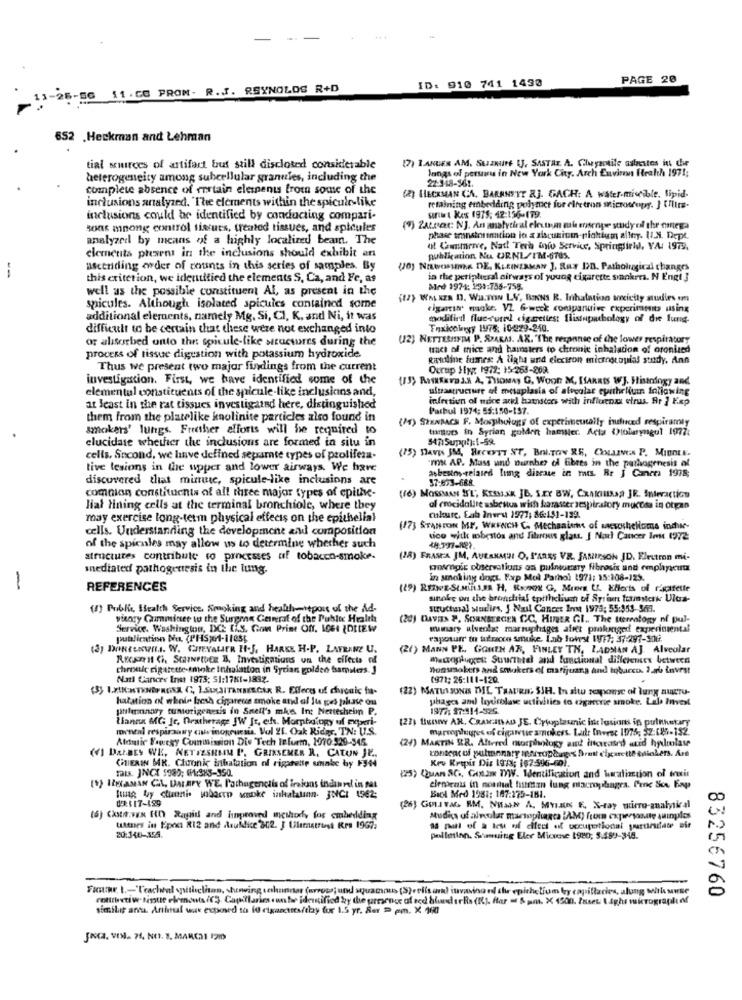
ID: 910 741 1490
PAGE 20
-S6 11. CC PROM. R.J. REYNOLDS R+D
652 .Heckman and Lehman
(7) LANGER AM, SUIZNINE IJ, SASTAL. A. Cheyaonile astaestes in the
tial sources of artifact but still disclosed considerable
Jangs of persans in New York City. Arch Environ Health 1971;
heterogeneity among subcellular granules, including the
22-918-561.
complete absence of mortain elements from some of the
inclusions analyzed. "The elements within the spicule-like
(2) HECKMAN CA. BARANEYT 2]. GACH: A water-miscible, tipid-
retaining embedding polymer for elretros microscopy. ] [lire-
inclusions could be identified by conducting compari-
unit Kes 1979: 42:156-179.
sons mnong control tissues, treated tissues, and spicules
(*) ZALRac: N]. An analytical eleutun mi ersenge study of the omega
analyzed by means of a highly localized beam. The
phase trinstorenation la zziscusium-pighium alley. UI.N. Dept.
of Commerce, Natt Terd info Service, Springfield, YAr 19734
elements present in the inclusions should exhibit an
publication Nu. UR.NL/I'M-6785.
ascending order of counts in this series of samples. By
(J0) Nawosums DE, KLEINZAMAN ], Ray DD. Pathological changes
--
this criterion, we identified the elements S, Ca, and Ye, as
in the peripheral sirways of young cigarette smokers. N Engl J
well as the possible constituent Al, as present in the
Med 1974: 259:755-758.
(17) WAXZA D. Wa.TON LY, BINNs R. Inhalation ancicity studies om
spicules. Although isolated spicules contained some
tigarin make. VZ 6-week conpanuive fkpcrimmit using
additional elements, namely Mg. Si, CI, K. and Ni, it was
modifiril fluc-cured cigarettest Ilistapathology of die fung.
difficult to be certain that these were not exchanged into
Toxicolayy 1975: 10/229-210.
of alstorbed onto the spicule-like structures during the
(12) NETTERHEMMA P. SPARMI. AK. "The response of the lower respiratory
tacs of mice and hamsters to chronic inhalation of oronized
process of tissue digestion with potassium hydroxide.
kanline fumes A tigta and electron microscopial study, Ann
Thus we present two major findings from the current
Ourup Ily: 1972: 15-268-209
investigation. First, we have identified some of the
1/3) Mantarals A, THOMAS G, WOOD M, [SARRIS WJ. Histology and
elemental constituents of the spicule-like inclusicins and,
ultrastructure of metaplasia of alveolar epithelium foliowing
infection of mice ark hamsters with influenza efrus. Ar ] Exp
at least in the rat tissues investigated here, distinguished
Parbul 1974: 55:150-197.
them from the platelike kaolinite particles also found in
(4) SZENBACS F. Morphology of experimentally huhnced respiramty
smakers' lungs. Fresher efforts will be required to
timurs in Syrian golden hamster. Acta Otolaryngul 1077:
elucidase whether the inclusions are formed in situ in
(75) MAVEN JM, BECKYET NT, Bol.TON RE, CoLaves P. MIBOLE.
cells, Second, we linve defined separate types of prolifera.
tive lesions in the upper and lower airways. We have
"IN AP. Mass und nurnher ol fibres in the pathogenesis of
discovered that mimmue, spicule-like inclusions are
37-673-688
asbestos-reiased lung disease in rats. Br J Caneta 1978;
comnion constituents of all three major types of epithe-
((6) MOSSMAN S'L, KESNAK JB, SEY BW, CRAIGIHRSa JE. Interaction
lial lining cells at the terminal bronchiole, where they
al crocidalite asbritus wish haraster respiratory mucosa in organ
may exercise long-term physical effects on the epithelial
cukurc. Eab Ineru 1977; 86:151-139.
cells. Understanding the development and composition
(17) STANTON ME. WRENCH C. Mechanisms of mesothelioma inthee-
tico wick mobestos and fibrous glass. ] No Cancer Inn 1972
of the spicales may allow us to determine whether such
structures contribute to processes of tobacco-smoke-
(18) FRASEA JM, AUERNMOI O, L'ARES VR. JAMIESON JD. Electron mi-
mediated pathogenesis in the lung.
grosepic observations on pulnumery fibrosis und emphysema
in smoking dogs. Pap Mol Parhol 1971: 15:108-125.
REFERENCES
(IP) REWESIMILAR H, REMIX G, Mrers L. EHlerts ul ricafette
sinoky on the bronchial epithelium of Syria tammylesk Ulos-
(1) Public Health Service, Smoking and health-miepois of the Ad-
structural studies, J Nail Cancer In 1973: 55:353-969.
visory Gumminer wu the Surgeon General of the Public Health
(20) DAVIA P, SORNATECER CC. HINER GI ., The ttereology of pul-
Service. Washington, DC: CiCS. Com Prime Off. 1064 IDRIEW
wumary alveolar marruphages afret prolonged experimental
publientinn No. (PHS)64-11056
raporurr to tufucco smuke. Lab forest 1917: 37-297-306.
(a) Dontenwns. W. CHEVALIER H.J. HARKE H.P. LAFRANZ U.
(21) Mann PE .. GONEN AR, FINLEY TH, LADMAN AJ. Alveolar
Recent Ci. Startez B, Investigations un the cifects of
macroplugett Sturmtel and functional differences between
chroule cigarette smoke Inhalation in Syrian golden fsamilers. J
Bonssokers and smokers of marijuana and tobacco. 2.ab invest
Natt Cances Inst 1975: 51:17K1-1832.
1971: 26:111-120.
(22) MATUSSONIS THE TRADRA, SIH. In alto response of lung auETU-
hatation of whole fresh cigareus smoke and al It ges phase ou
phages and layerblase uctivities to cigarette smoke. Lab Invest
philenary tumorigenesis in Snell's mke. Int Nettesheim P.
1977: 37:414-326.
Hanna MG Ic, Destherage JW It, etfs. Morphology uf experi-
(27) tunn AR, CRAMAILAD JE. Cytoplaunic inte lutions in putthetary
meneal respiraany cais inogruesia. Vol 21. Oak Ridge, TN: U.S.
marcoph:gres of cigareuse smokers. Ladr Invesc 1075; SZ:(85-192.
Atdmusic Fawegy Commission Die Tech Infuem, 1970.520-545.
(24) MARTIN SR. Altered morphology ant intecased atid hydrolas
() DALBEY WE, NETTESHMM P'. GRINSEMER R. CALON JE.
CHIERIN MR. Chronic inhalation of rigatette unake by F344
Tats. JNCI 5980; #1:383-950.
(25) Quan SC ., Gota WWW. Identification and laalizction of incit
Kev Krepis Di: 187; 167:596-601.
(1) IZAMAN CAL. DALAPY WE. Pathagenctis of ireions indin vel in pat
elements in nounal hutman lung macrophages. Proc Sex Eap
BER$ 17-199
Sung by ctuenis wabacto smoke inhalation. INCI 1962;
Buck Mod 1981: 187:275-181.
(26) Gonsvar, RM. NHMAN A. MYLAR E, X-ray mirro-analytical
(6) Ckstr.vEx HI0 Rapid and improved meshody for embedding
Mudics of alveolar marsoplagca :AM) from cxpersonale quinples
usenes in Epost R12 and azuldice 302. J Ulemetrust Krs 1967:
as puall of a tru nf effect of occupational pourceufate mir
20:340-155.
pelletinn. Stanuing Eler Micoche 1980; 5.189-348.
Fica:we. 1 .- "Teachtal spithelian, showing calanna (arrows; und squamous (S)erils (m) invaving of the epithelium by capillaries, along with Muse
83256760
rottrieti w. liste elements ((). Capillaries sun be identified by the presence of scd dlund or Ria (I). Har = & am. X 1500. Pasew t 4ghr micrograpili of
similar ana. Animal wat exposed to 10 cigarettes/thay for 1.5 yr. Ser > em. X 100
JAC. VON. 76, NO. 3. MANCHI 1200